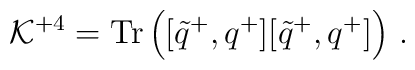
{\cal K}^{+4} = {\rm Tr} \left([\tilde q^+, q^+] [\tilde q^+, q^+]\right)\,.